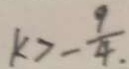
k > - \frac { 9 } { 4 }